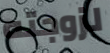
لزوجته